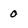
Character: 0